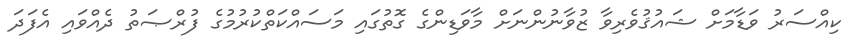
ކިއްސަރު ވަޑާމަށް ޝައުޤުވެރިވާ ޒުވާނުންނަށް މާވަޑިންގެ ގޮތުގައި މަސައްކަތްކުރުމުގެ ފުރްޞަތު ދެއްވައި އެފަދަ